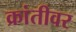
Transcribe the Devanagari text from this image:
क्रांतीवर